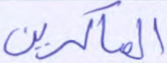
الماكرين